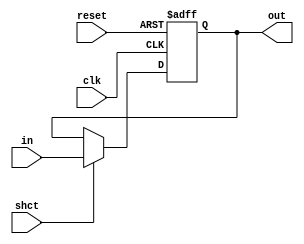
`timescale 1ns / 1ps
//////////////////////////////////////////////////////////////////////////////////
// Company: 
// Engineer: 
// 
// Design Name: 
// Module Name: dff
// Project Name: 
// Target Devices: 
// Tool Versions: 
// Description: 
// 
// Dependencies: 
// 
// Revision:
// Revision 0.01 - File Created
// Additional Comments:
// 
//////////////////////////////////////////////////////////////////////////////////


module dff(output reg out, input in,shct,clk,reset);
always @(posedge clk,posedge reset)
begin
    if(reset)
        out <= 0;
    else if(shct)
        out <= in;
end
endmodule